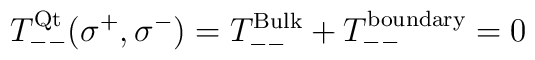
T_{--}^{\rm Qt} (\sigma^+,\sigma^-)= T_{--}^{\rm Bulk}+ T_{--}^{\rm boundary}= 0